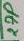
Text: 27P